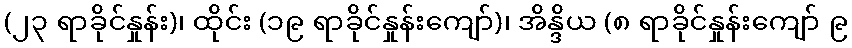
(၂၃ ရာခိုင်နှုန်း)၊ ထိုင်း (၁၉ ရာခိုင်နှုန်းကျော်)၊ အိန္ဒိယ (၈ ရာခိုင်နှုန်းကျော် ၉